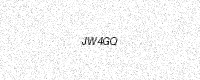
Text: JW4GQ